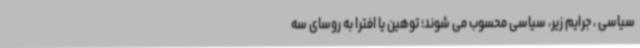
سیاسی ، جرایم زیر، سیاسی محسوب می شوند؛ توهین یا افترا به روسای سه